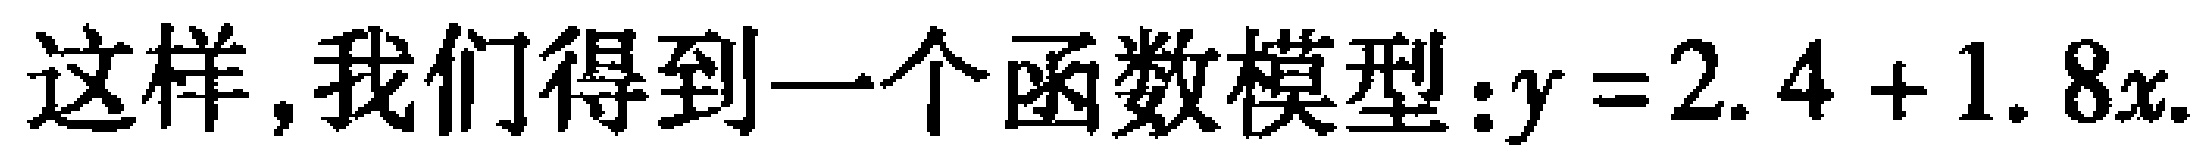
这样，我们得到一个函数模型：\(y = 2.4 + 1.8x\)